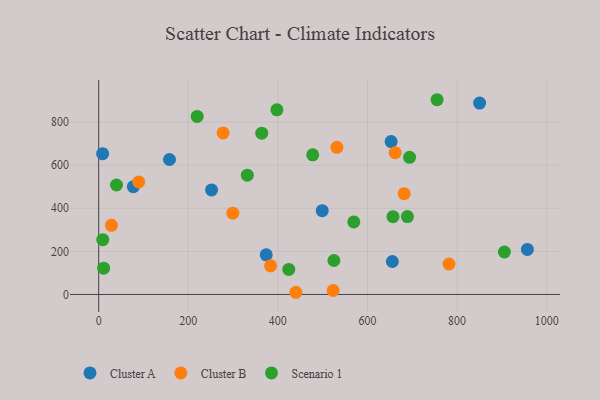
{"axis": {"x": "Engine Size", "y": "Sales"}, "legend": ["Cluster A", "Cluster B", "Scenario 1"], "data": [{"x": "252.0", "y": 485.0, "type": "Cluster A"}, {"x": "499.0", "y": 388.7, "type": "Cluster A"}, {"x": "850.4", "y": 888.3, "type": "Cluster A"}, {"x": "957.0", "y": 209.0, "type": "Cluster A"}, {"x": "8.8", "y": 653.5, "type": "Cluster A"}, {"x": "158.0", "y": 626.4, "type": "Cluster A"}, {"x": "652.8", "y": 709.7, "type": "Cluster A"}, {"x": "374.0", "y": 184.0, "type": "Cluster A"}, {"x": "77.4", "y": 500.1, "type": "Cluster A"}, {"x": "655.6", "y": 152.9, "type": "Cluster A"}, {"x": "661.8", "y": 657.9, "type": "Cluster B"}, {"x": "440.2", "y": 10.2, "type": "Cluster B"}, {"x": "523.3", "y": 18.5, "type": "Cluster B"}, {"x": "299.5", "y": 377.4, "type": "Cluster B"}, {"x": "28.5", "y": 321.0, "type": "Cluster B"}, {"x": "89.4", "y": 522.4, "type": "Cluster B"}, {"x": "531.8", "y": 682.9, "type": "Cluster B"}, {"x": "383.7", "y": 132.8, "type": "Cluster B"}, {"x": "277.7", "y": 749.7, "type": "Cluster B"}, {"x": "782.0", "y": 141.3, "type": "Cluster B"}, {"x": "682.0", "y": 467.6, "type": "Cluster B"}, {"x": "39.8", "y": 508.1, "type": "Scenario 1"}, {"x": "424.4", "y": 116.4, "type": "Scenario 1"}, {"x": "755.4", "y": 903.7, "type": "Scenario 1"}, {"x": "525.1", "y": 157.6, "type": "Scenario 1"}, {"x": "477.8", "y": 647.8, "type": "Scenario 1"}, {"x": "9.1", "y": 254.5, "type": "Scenario 1"}, {"x": "657.0", "y": 360.9, "type": "Scenario 1"}, {"x": "219.9", "y": 826.3, "type": "Scenario 1"}, {"x": "364.0", "y": 748.4, "type": "Scenario 1"}, {"x": "689.2", "y": 361.5, "type": "Scenario 1"}, {"x": "569.5", "y": 336.6, "type": "Scenario 1"}, {"x": "331.8", "y": 553.6, "type": "Scenario 1"}, {"x": "11.0", "y": 121.9, "type": "Scenario 1"}, {"x": "905.7", "y": 197.2, "type": "Scenario 1"}, {"x": "694.0", "y": 636.3, "type": "Scenario 1"}, {"x": "397.9", "y": 857.0, "type": "Scenario 1"}]}